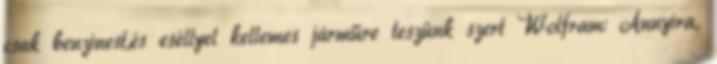
csak benzinest,és eséllyel kellemes járműre teszünk szert Wolfram: Annyira,